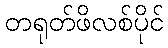
တရုတ်ဖိလစ်ပိုင်